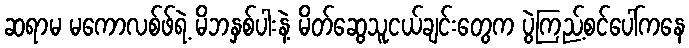
ဆရာမ မကောလစ်ဖ်ရဲ့ မိဘနှစ်ပါးနဲ့ မိတ်ဆွေသူငယ်ချင်းတွေက ပွဲကြည့်စင်ပေါ်ကနေ